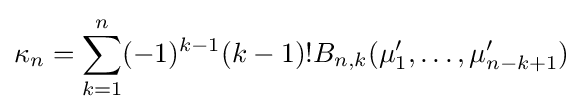
\kappa _{n}=\sum _{k=1}^{n}(-1)^{k-1}(k-1)!B_{n,k}(\mu '_{1},\ldots ,\mu '_{n-k+1})